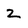
Character: 2